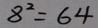
8 ^ { 2 } = 6 4